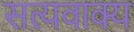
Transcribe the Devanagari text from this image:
सत्यवाक्य